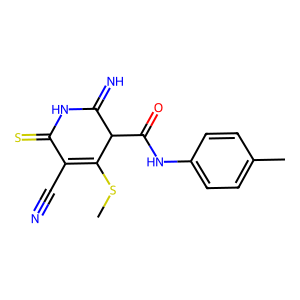
SMILES: CSC1=C(C#N)C(=S)NC(=N)C1C(=O)Nc1ccc(C)cc1
Inhibits HIV replication: No